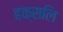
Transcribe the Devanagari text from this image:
हक्सलि